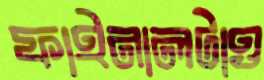
ফাইনালটাও